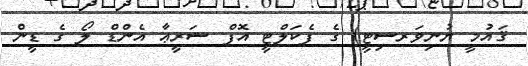
ޤައުމީ ޔުނިވަރސިޓީ) ގެ ފެކަލްޓީ އޮފް ޝަރީޢާ އެންޑް ލޯ ގެ ޑީން